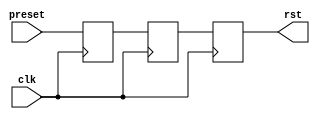
// ***************************************************************************
// ***************************************************************************
// Copyright 2011(c) Analog Devices, Inc.
// 
// All rights reserved.
// 
// Redistribution and use in source and binary forms, with or without modification,
// are permitted provided that the following conditions are met:
//     - Redistributions of source code must retain the above copyright
//       notice, this list of conditions and the following disclaimer.
//     - Redistributions in binary form must reproduce the above copyright
//       notice, this list of conditions and the following disclaimer in
//       the documentation and/or other materials provided with the
//       distribution.
//     - Neither the name of Analog Devices, Inc. nor the names of its
//       contributors may be used to endorse or promote products derived
//       from this software without specific prior written permission.
//     - The use of this software may or may not infringe the patent rights
//       of one or more patent holders.  This license does not release you
//       from the requirement that you obtain separate licenses from these
//       patent holders to use this software.
//     - Use of the software either in source or binary form, must be run
//       on or directly connected to an Analog Devices Inc. component.
//    
// THIS SOFTWARE IS PROVIDED BY ANALOG DEVICES "AS IS" AND ANY EXPRESS OR IMPLIED WARRANTIES,
// INCLUDING, BUT NOT LIMITED TO, NON-INFRINGEMENT, MERCHANTABILITY AND FITNESS FOR A
// PARTICULAR PURPOSE ARE DISCLAIMED.
//
// IN NO EVENT SHALL ANALOG DEVICES BE LIABLE FOR ANY DIRECT, INDIRECT, INCIDENTAL, SPECIAL,
// EXEMPLARY, OR CONSEQUENTIAL DAMAGES (INCLUDING, BUT NOT LIMITED TO, INTELLECTUAL PROPERTY
// RIGHTS, PROCUREMENT OF SUBSTITUTE GOODS OR SERVICES; LOSS OF USE, DATA, OR PROFITS; OR 
// BUSINESS INTERRUPTION) HOWEVER CAUSED AND ON ANY THEORY OF LIABILITY, WHETHER IN CONTRACT,
// STRICT LIABILITY, OR TORT (INCLUDING NEGLIGENCE OR OTHERWISE) ARISING IN ANY WAY OUT OF 
// THE USE OF THIS SOFTWARE, EVEN IF ADVISED OF THE POSSIBILITY OF SUCH DAMAGE.
// ***************************************************************************
// ***************************************************************************

`timescale 1ns/100ps

module ad_rst (

  // clock reset

  preset,
  clk,
  rst);

  // clock reset

  input           preset;
  input           clk;
  output          rst;

  // internal registers

  reg             ad_rst_sync_m1 = 'd0 /* synthesis preserve */;
  reg             ad_rst_sync = 'd0 /* synthesis preserve */;
  reg             rst = 'd0;

  // simple reset gen

  always @(posedge clk) begin
    ad_rst_sync_m1 <= preset;
    ad_rst_sync <= ad_rst_sync_m1;
    rst <= ad_rst_sync;
  end

endmodule

// ***************************************************************************
// ***************************************************************************